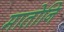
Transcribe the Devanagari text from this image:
मातोनि